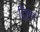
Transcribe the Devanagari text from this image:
ड्रिएम